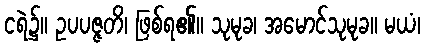
ငရဲ၌။ ဥပပဇ္ဇတိ၊ ဖြစ်ရ၏။ သုမုခ၊ အမောင်သုမုခ။ မယံ၊